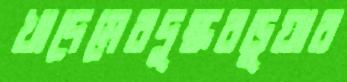
খাদেমেরদুষ্করডুয়ার